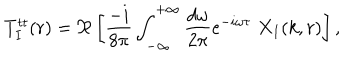
T _ { I } ^ { t t } ( r ) = \Re \left[ { \frac { - i } { 8 \pi } } \int _ { - \infty } ^ { + \infty } { \frac { d \omega } { 2 \pi } } e ^ { - i \omega \tau } \; X _ { I } ( k , r ) \right] ,